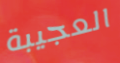
العجيبة